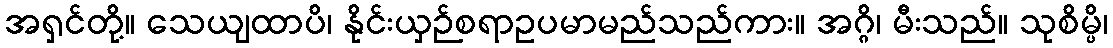
အရှင်တို့။ သေယျထာပိ၊ နိုင်းယှဉ်စရာဥပမာမည်သည်ကား။ အဂ္ဂိ၊ မီးသည်။ သုစိမ္ပိ၊